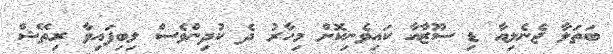
ބަތަލާ ޖެނެލިއާ ޑި ސޫޒާއާ ކައިވެނިކޮށް މިހާރު ދެ ކުދިންވެސް ލިބިފައިވާ ރިތޭޝް